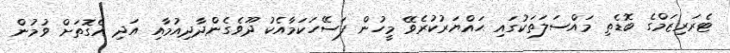
ޓެރަރިޒަމްގެ ބޮޑެތި މައްސަލަތަކުގައި ޙައްޔަރުކުރެވޭ މީހުން ފަސޭހަކަމާއެކު ދޫވެގެންދާދިއުމާއި އަދި އެގޮތަށް ވުމުން